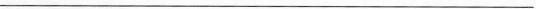
___